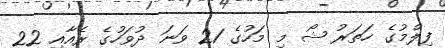
ފިލްމުގެ ހަތަރު ޝޯ މި މަހުގެ 21 ވަނަ ދުވަހުގެ ރެއާއި 22